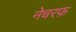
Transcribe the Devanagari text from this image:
नेचरफ़